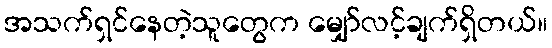
အသက်ရှင်နေတဲ့သူတွေက မျှော်လင့်ချက်ရှိတယ်။